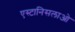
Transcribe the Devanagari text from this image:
एस्टानिसलाओ